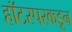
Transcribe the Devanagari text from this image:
हॉटस्परकडून